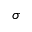
\sigma